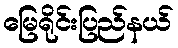
မြေရိုင်းပြည်နယ်